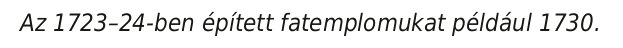
Az 1723–24-ben épített fatemplomukat például 1730.